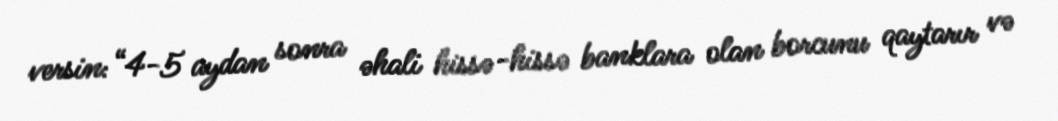
versin: “4-5 aydan sonra əhali hissə-hissə banklara olan borcunu qaytarır və